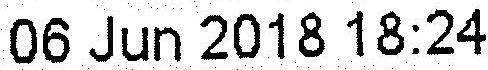
06 JUN 2018 18:24